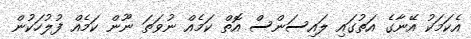
އެކަމަކު އޭނާގެ އަތުގައި ލައިސަންސް އޮތް ކަމެއް ނުވަތަ ނޫން ކަމެއް ފުލުހަކުން